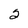
Character: 2